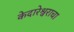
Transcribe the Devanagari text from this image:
केदारेश्वराचा